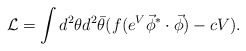
\begin{align*}{\cal L} = \int d^2\theta d^2\bar{\theta} (f(e^V \vec{\phi}^*\cdot\vec{\phi}) -cV). \end{align*}